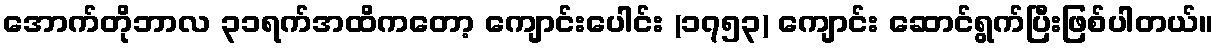
အောက်တိုဘာလ ၃၁ရက်အထိကတော့ ကျောင်းပေါင်း (၁၇၅၃) ကျောင်း ဆောင်ရွက်ပြီးဖြစ်ပါတယ်။